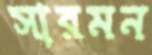
সারমন